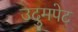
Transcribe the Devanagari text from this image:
उदुमपेट